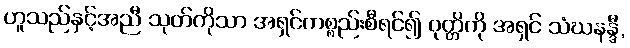
ဟူသည်နှင့်အညီ သုတ်ကိုသာ အရှင်ကစ္စည်းစီရင်၍ ဝုတ္တိကို အရှင် သံဃနန္ဒီ,